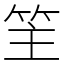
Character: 䇠